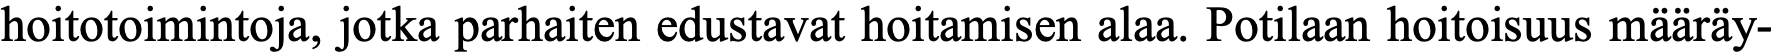
hoitotoimintoja, jotka parhaiten edustavat hoitamisen alaa. Potilaan hoitoisuus määräy-